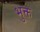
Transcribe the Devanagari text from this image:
भुक्त